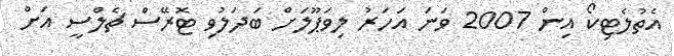
އެތުލެޓިކޯ އިން 2007 ވަނަ އަހަރު ލިވަޕޫލަށް ބަދަލުވި ޓޮރޭސް ޗެލްސީ އަށް